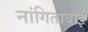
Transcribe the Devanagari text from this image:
नांगिताबाई